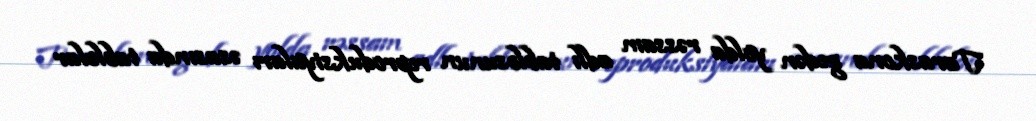
Taraskona gedən yolda rəssam adlı tablosunun reproduksiyaları əsasında tablolar